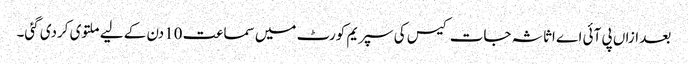
بعد ازاں پی آئی اے اثاثہ جات کیس کی سپریم کورٹ میں سماعت 10دن کے لیے ملتوی کردی گئی۔